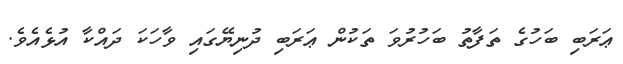
ޢަރަބި ބަހުގެ ތަފާތު ބަހުރުވަ ތަކުން ޢަރަބި ދުނިޔޭގައި ވާހަކަ ދައްކާ އުޅެއެވެ.